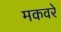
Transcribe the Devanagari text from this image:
मकवरे